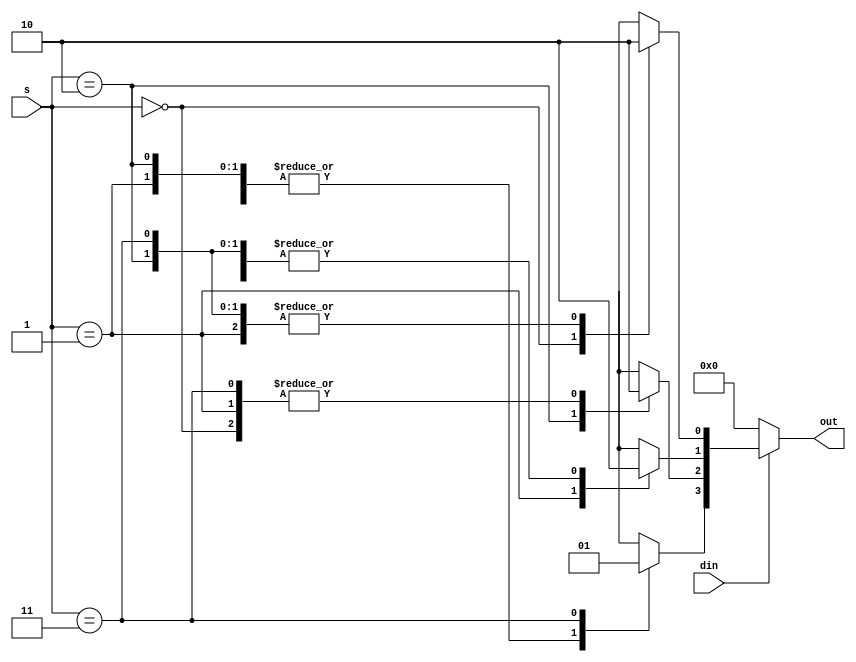
module demux14beh(s,out,din);
input din;
input [1:0] s;
output reg [3:0] out;

always@(out,s)
begin
if(din)
begin
out=3'd0;
case (s)
2'b00 : out[0]=1;
2'b01 : out[1]=1;
2'b10 : out[2]=1;
2'b11 : out[3]=1;
endcase
end
else
out=3'd0;
end
endmodule